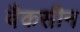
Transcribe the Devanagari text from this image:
वैकसीन